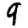
Digit: 9